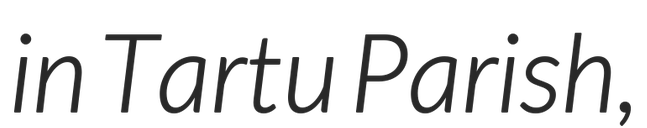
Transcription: in Tartu Parish,